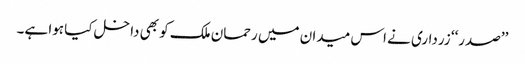
’’صدر‘‘ زرداری نے اس میدان میں رحمان ملک کو بھی داخل کیا ہوا ہے۔